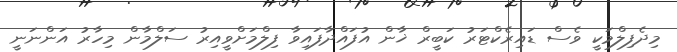
މިދެފިލްމަކީ ވެސް ޑައިރެކްޓަރު ކަބީރް ޚާން އުފައްދާފައިވާ ފިލްމަށްވީއިރު ސަލްމާން މިހާރު އަންނަނީ